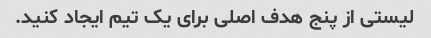
لیستی از پنج هدف اصلی برای یک تیم ایجاد کنید.